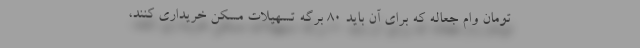
تومان وام جعاله که برای آن باید ۸۰ برگه تسهیلات مسکن خریداری کنند،